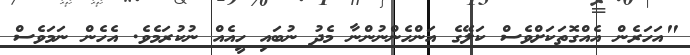
"އަހަރެން އެއްގޮތަކަށްވެސް ކަލޭގެ އަންހެންނުންނާ މެދު ނުބައި ހީއެއް ނުކުރަމެވެ. އެހެން ނަމަވެސް